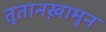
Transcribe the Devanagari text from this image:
तूतानख़ामून